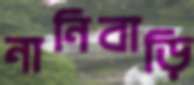
নানিবাড়ি